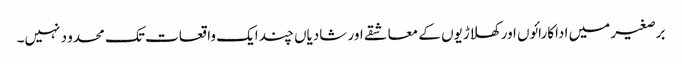
برصغیر میں اداکارائوں اور کھلاڑیوں کے معاشقے اور شادیاں چند ایک واقعات تک محدو د نہیں۔